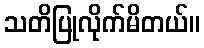
သတိပြုလိုက်မိတယ်။